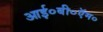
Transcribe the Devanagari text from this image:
आई०बी०ऍम०